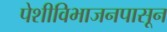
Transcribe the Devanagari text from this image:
पेशीविभाजनपासून